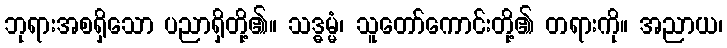
ဘုရားအစရှိသော ပညာရှိတို့၏။ သဒ္ဓမ္မံ၊ သူတော်ကောင်းတို့၏ တရားကို။ အညာယ၊